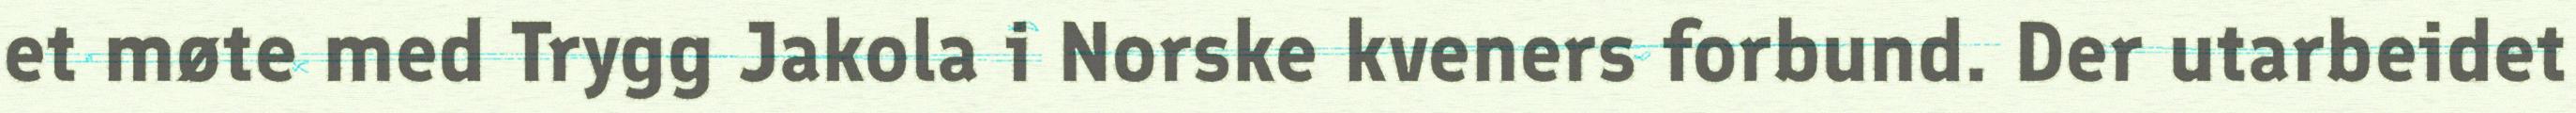
et møte med Trygg Jakola i Norske kveners forbund. Der utarbeidet